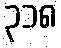
၃၁၈